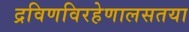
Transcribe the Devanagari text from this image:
द्रविणविरहेणालसतया